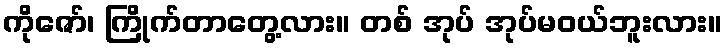
ကိုဇော်၊ ကြိုက်တာတွေ့လား။ တစ် အုပ် အုပ်မဝယ်ဘူးလား။